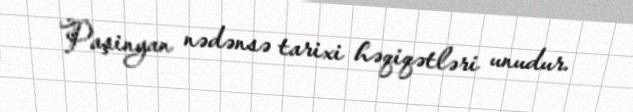
Paşinyan nədənsə tarixi həqiqətləri unudur.